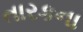
તારકના